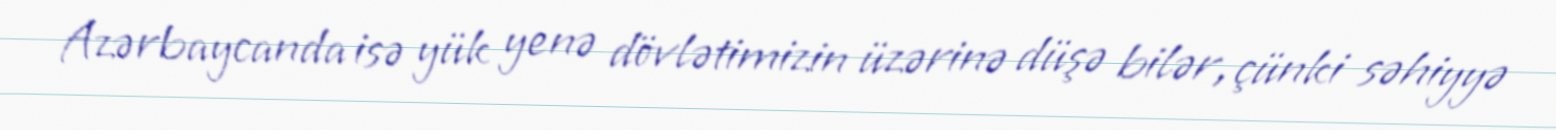
Azərbaycanda isə yük yenə dövlətimizin üzərinə düşə bilər, çünki səhiyyə